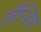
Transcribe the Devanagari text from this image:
लॅन्डिग